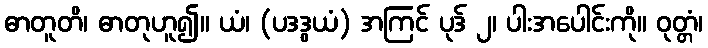
ဓာတူတိ၊ ဓာတုဟူ၍။ ယံ၊ (ပဒဒွယံ) အကြင် ပုဒ် ၂၊ ပါးအပေါင်းကို။ ဝုတ္တံ၊